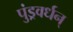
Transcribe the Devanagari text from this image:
पुंड्रवर्धन्